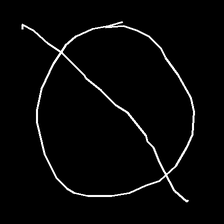
Glyph: orb